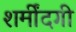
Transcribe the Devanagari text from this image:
शर्मींदगी